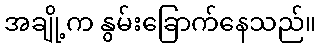
အချို့က နွမ်းခြောက်နေသည်။